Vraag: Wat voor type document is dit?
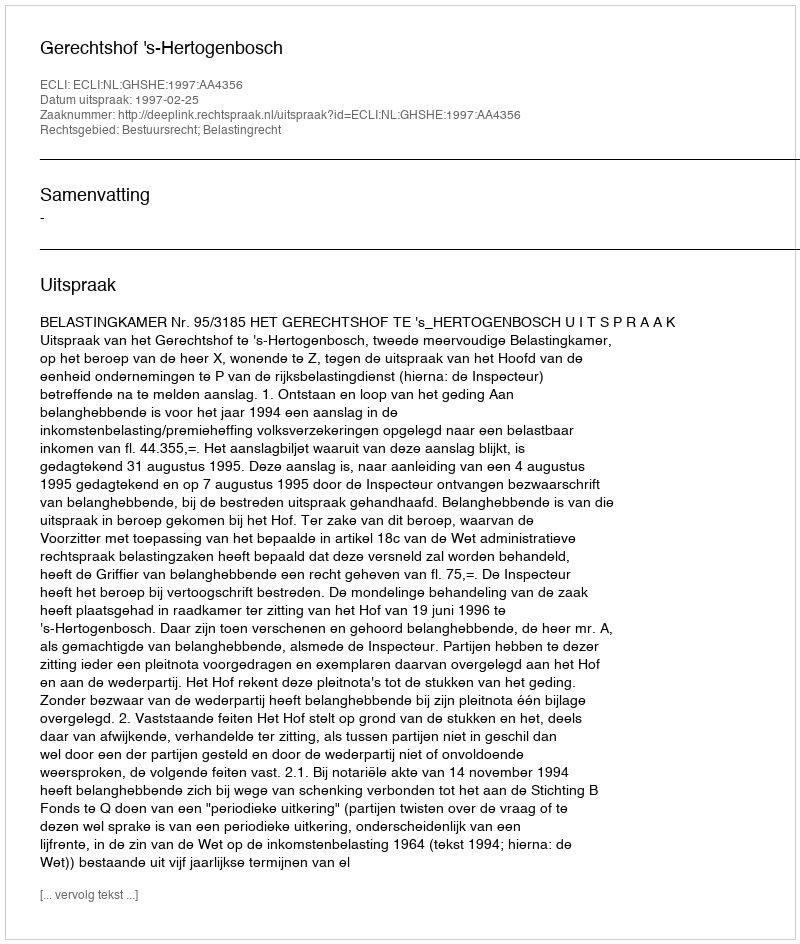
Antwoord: Uitspraak